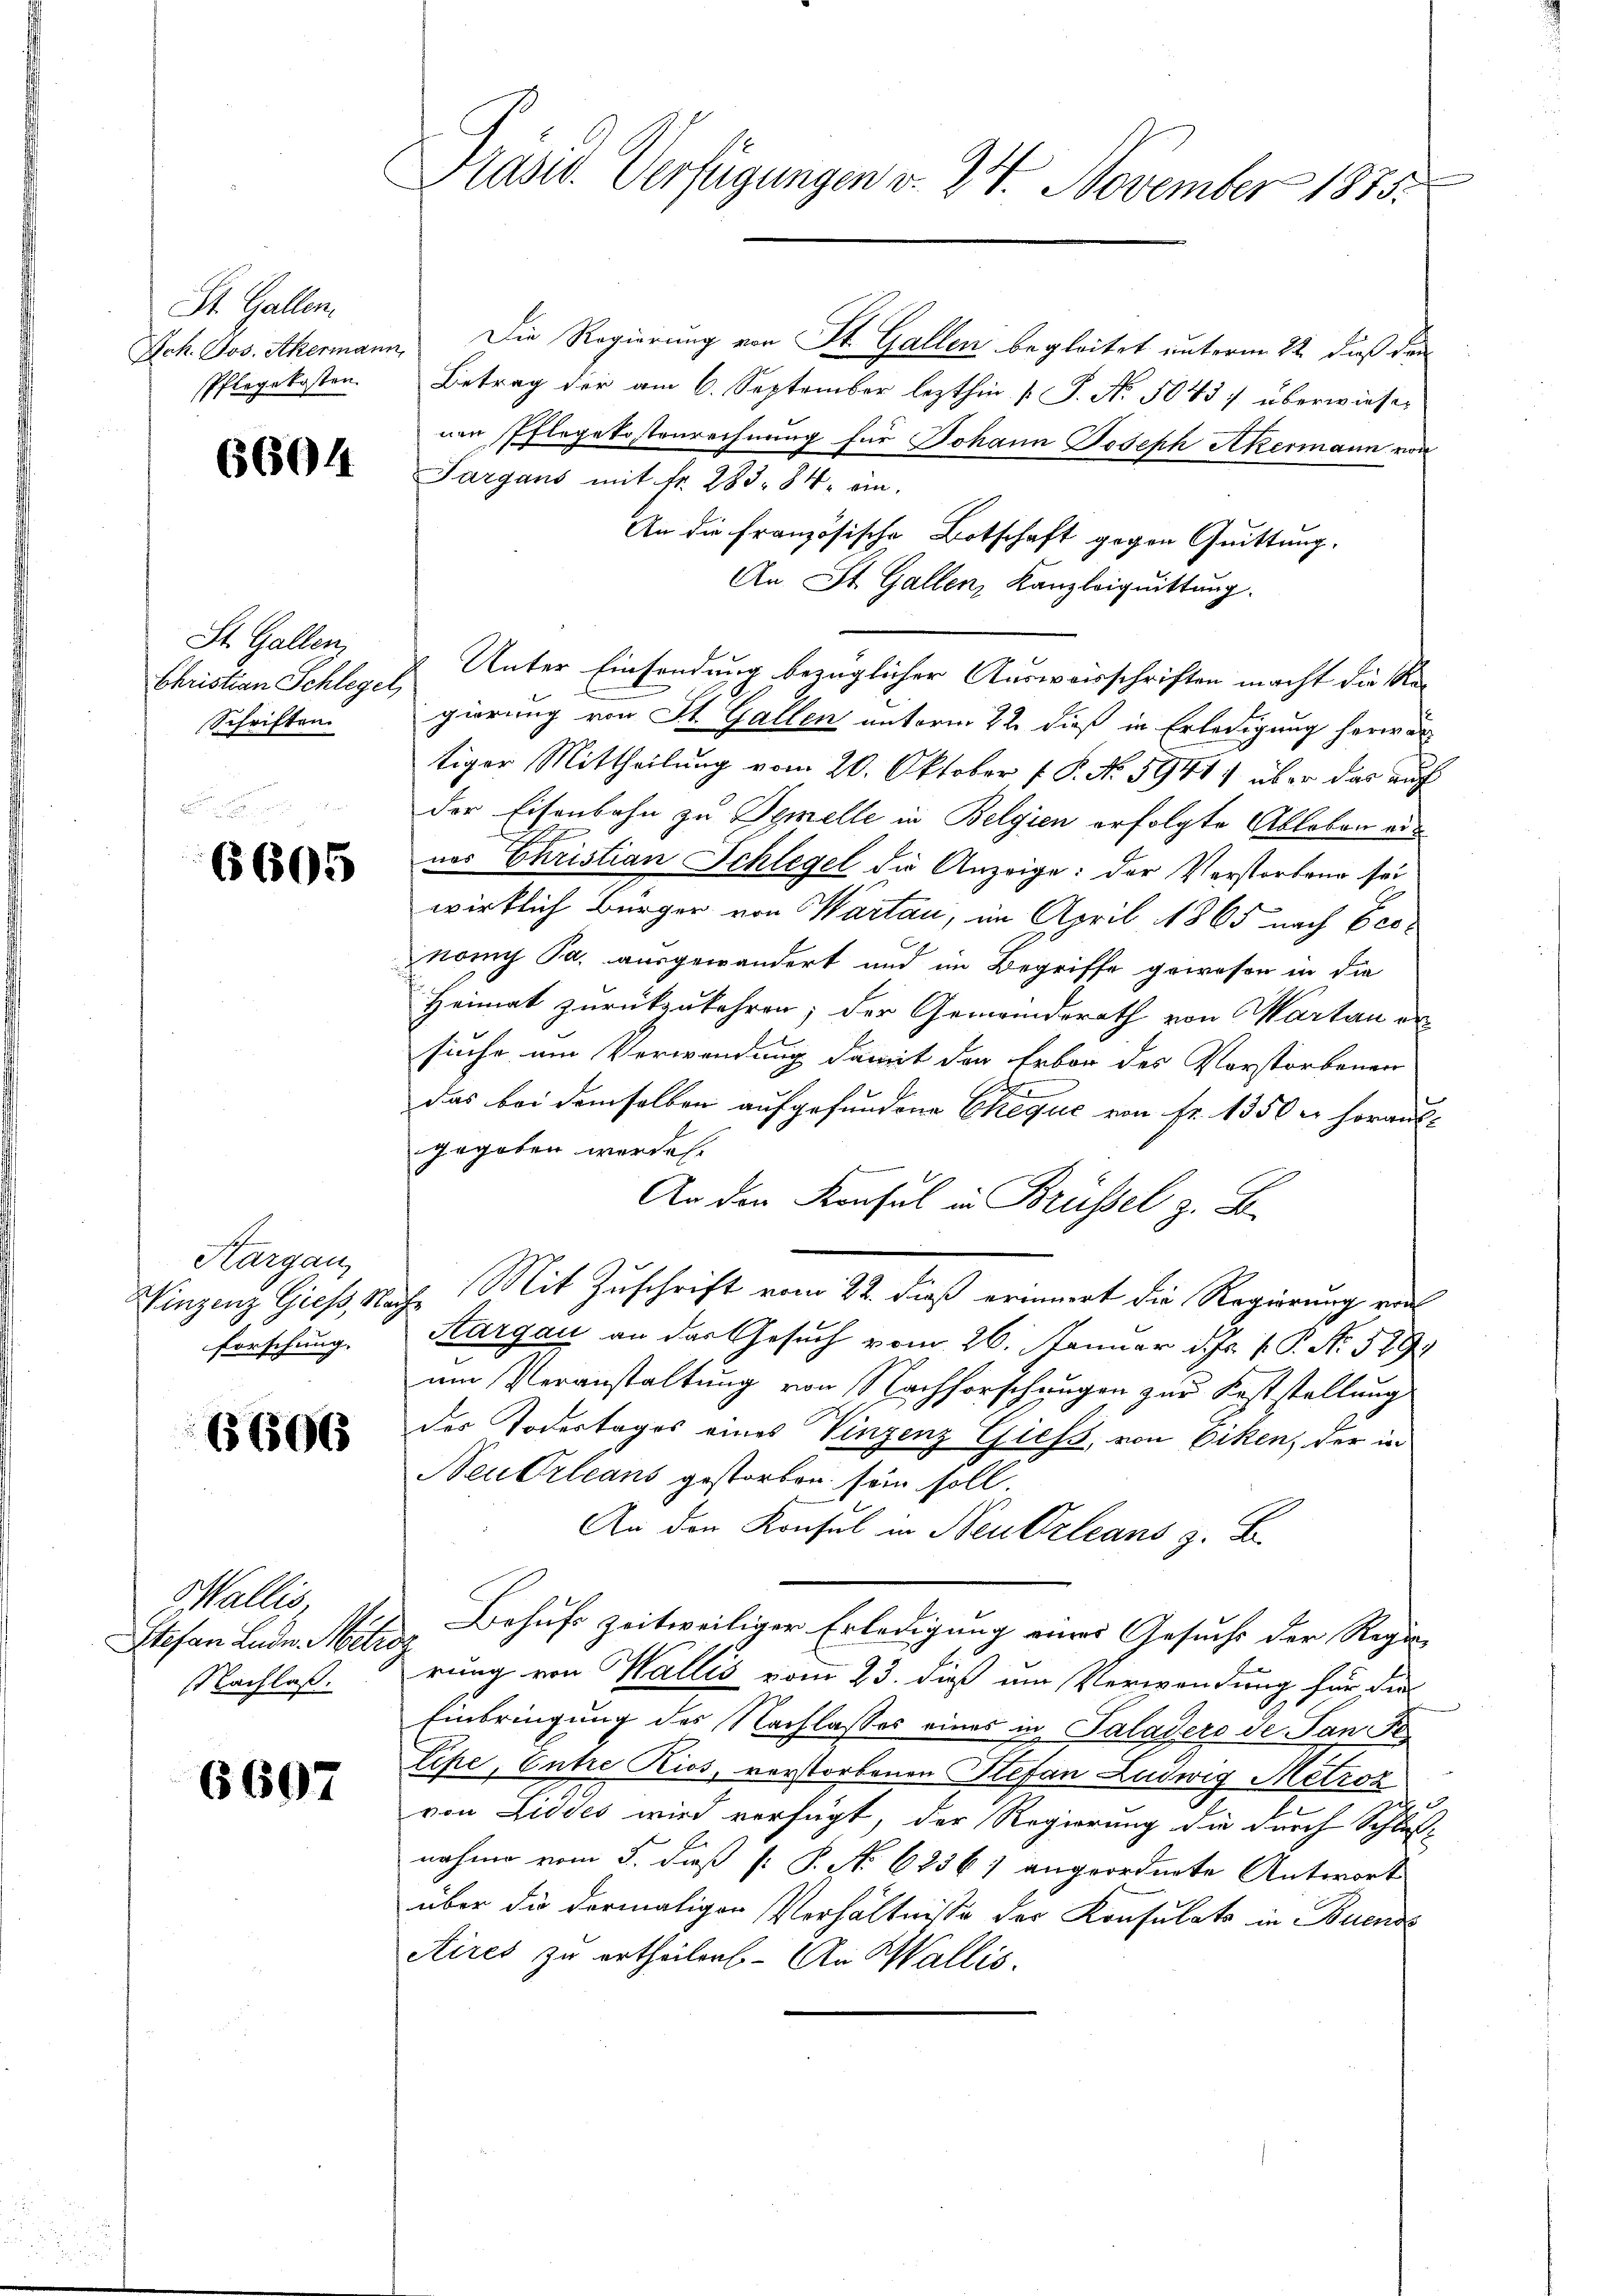
St. Gallen.
Pflegekosten

6604

St. Gallen,
Christian Schlegel,
Schriften

6605

Kargau,
Winzenz Giess, Na
forschung.

B606

Wallis
Stefan Laden Meliog
NNachlaß.

6607

Präsid. Verfügungen v. 24. November 1835.

Joh. Jos. Ackermann. Die Regierung von St. Gallen begleitet unterm 22. daß der
Betrag der am 6. September lezthin [ P. Nr. 50457 überwiesen
nen Pflegekostenrechnung für Johann Joseph Akermann von
Sargaus mit fr. 283. 84. ein.
An die französische Botschaft gegen Quittung.
An St. Gallen, Kanzleiquittung.
Unter Einsendung bezüglicher Ausweisschriften macht die Regierung von St. Gallen unterm 22. dieß in Erledigung herwer
tiger Mittheilung vom 20. Oktober f. P. No 5941) über das auch
der Eisenbahn zu Symelle in Belgien erfolgte Ableben aus
nes Christian Schlegel die Anzeige: der Verstorben sei
wirklich Bürger von Martau, im April 1865 nach Vernomy Pa. ausgewandert und im Begriffe gewesen in die
Heimat zurückzukehren; der Gemeindsrath von Martan or
suche um Verwendung damit der Erbor des Vorstorbenen
b
das bei demselben aufgefundene Cheque von fr. 1350 u. heraus-
gegeben werden.
An den Konsul in Brüssel z. B.
iche Mit Zuschrift vom 22. dieß erinnert die Regierung von
Aargau an das Gesuch vom 26. Januar d. Js. v. P. Nr. 579
um Veranstaltung von Nachforschungen zur Feststellung
des Todestages eines Vinzenz Giess, von Eiken, der in
Neu Orleans gestorben sein soll.
An den Konsul in Neu Orleans z. B.
Behufs zeitweiliger Erledigung eines Gesuche der Regie-
rung von Wallis vom 23. daß im Verwendung für die
Einbringung des Nachlasses eines in Saladero de San P
Lipe, Entre Kios, verstorbenen Stefan Ludwig Metroz
von Liddes wird verfügt, der Regierung die durch Schlußnahme vom 5. daß P. P. No. 6236) angeordnete Antwort
über die dermaligen Verhältnisse der Konsulats in Buende
Aires zu ertheilen. An Wallis.